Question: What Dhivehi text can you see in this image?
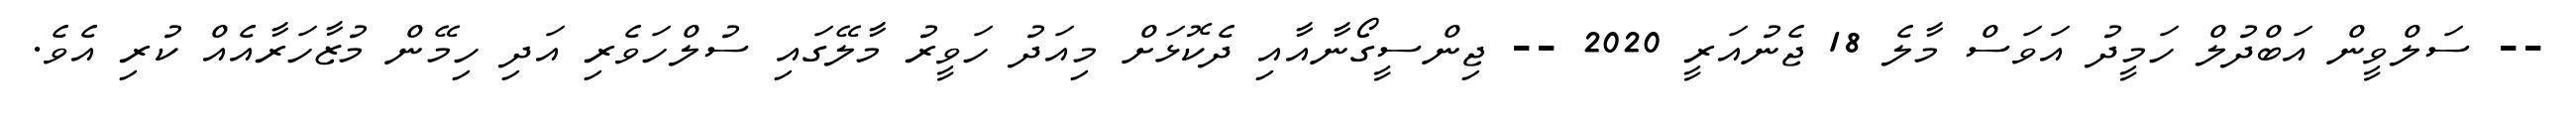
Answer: -- ސަލްވީން އަބްދުލް ހަމީދު އަވަސް މާލެ 18 ޖެނުއަރީ 2020 -- ޖިންސީގޯނާއާއި ދެކޮޅަށް މިއަދު ހަވީރު މާލޭގައި ސުލްހަވެރި އަދި ހިމޭން މުޒާހަރާއެއް ކުރި އެވެ.